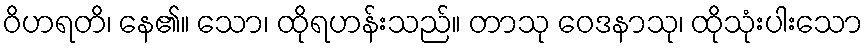
ဝိဟရတိ၊ နေ၏။ သော၊ ထိုရဟန်းသည်။ တာသု ဝေဒနာသု၊ ထိုသုံးပါးသော